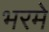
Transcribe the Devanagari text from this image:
भरमे